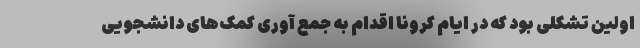
اولین تشکلی بود که در ایام کرونا اقدام به جمع آوری کمک‌های دانشجویی